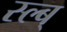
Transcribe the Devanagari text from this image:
स्ल्ब्